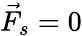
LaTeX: \vec{F}_{s}=0